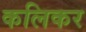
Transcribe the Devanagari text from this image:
कलिकर